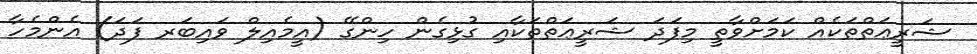
ޝަރީޢަތްތަކެއް ކަމަށްވާތީ މިފަދަ ޝަރީޢަތްތަކާއި ގުޅިގެން ހިންގޭ (އީމެއިލް ވައިބަރ ފަދަ) އެންމެހާ